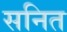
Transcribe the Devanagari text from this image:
सनित